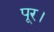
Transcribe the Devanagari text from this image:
पूर।